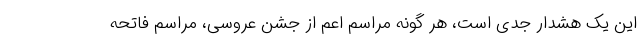
این یک هشدار جدی است، هر گونه مراسم اعم از جشن عروسی، مراسم فاتحه